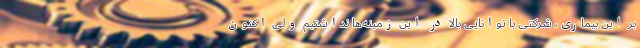
بر این بیماری، شرکتی با توانایی بالا در این زمینه‌ها نداشتیم ولی اکنون